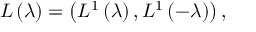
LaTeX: L \left( \lambda \right) = \left( L ^ { 1 } \left( \lambda \right) , L ^ { 1 } \left( - \lambda \right) \right) ,